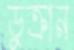
ডুক্‌রান